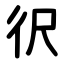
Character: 鿈